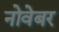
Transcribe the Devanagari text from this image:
नोवेबर